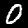
Label: 0